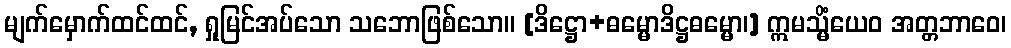
မျက်မှောက်ထင်ထင်, ရှုမြင်အပ်သော သဘောဖြစ်သော။ [ဒိဋ္ဌော+ဓမ္မောဒိဋ္ဌဓမ္မော၊] ဣမသ္မိံယေဝ အတ္တဘာဝေ၊